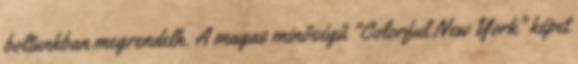
boltunkban megrendelh. A magas minőségű "Colorful New York" képet